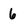
Character: 6